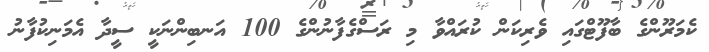
ކެމަރޫންގެ ބާފޫޓްގައި ވެރިކަން ކުރައްވާ މި ރަސްގެފާނުންގެ 100 އަނބިންނަކީ ސީދާ އެމަނިކުފާނު